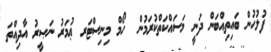
ފުލުހުން ބައިތިއްބަން ދަނީ މަސައްކަތްކުރަމުން  ހޯމް މިނިސްޓަރ ޢުމަރު ނަޞީރު އާދިއްތަ